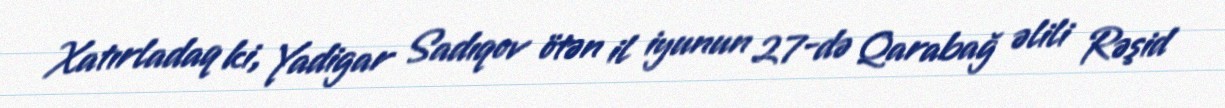
Xatırladaq ki, Yadigar Sadıqov ötən il iyunun 27-də Qarabağ əlili Rəşid